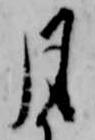
月